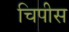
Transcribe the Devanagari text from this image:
चिपीस